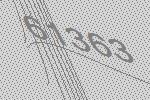
61363